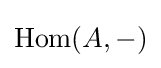
\operatorname {Hom} (A,-)